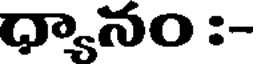
ధ్యానం :-